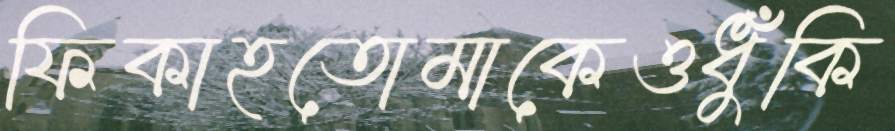
ফিকাহতোমাকেওধুঁকি